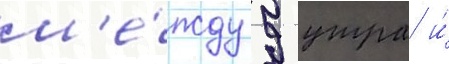
м'е́жду 9 утра и́